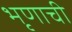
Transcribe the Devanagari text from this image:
भृणाची